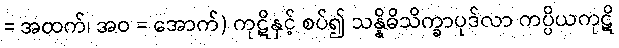
= အထက်၊ အဝ = အောက်) ကုဋိနှင့် စပ်၍ သန္နိဓိသိက္ခာပုဒ်လာ ကပ္ပိယကုဋိ